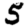
Digit: 5